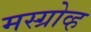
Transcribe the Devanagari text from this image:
मस्ग्रोव्ह